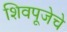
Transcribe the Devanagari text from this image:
शिवपूजेचे